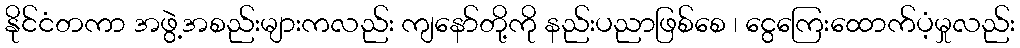
နိုင်ငံတကာ အဖွဲ့အစည်းများကလည်း ကျနော်တို့ကို နည်းပညာဖြစ်စေ ၊ ငွေကြေးထောက်ပံ့မှုလည်း